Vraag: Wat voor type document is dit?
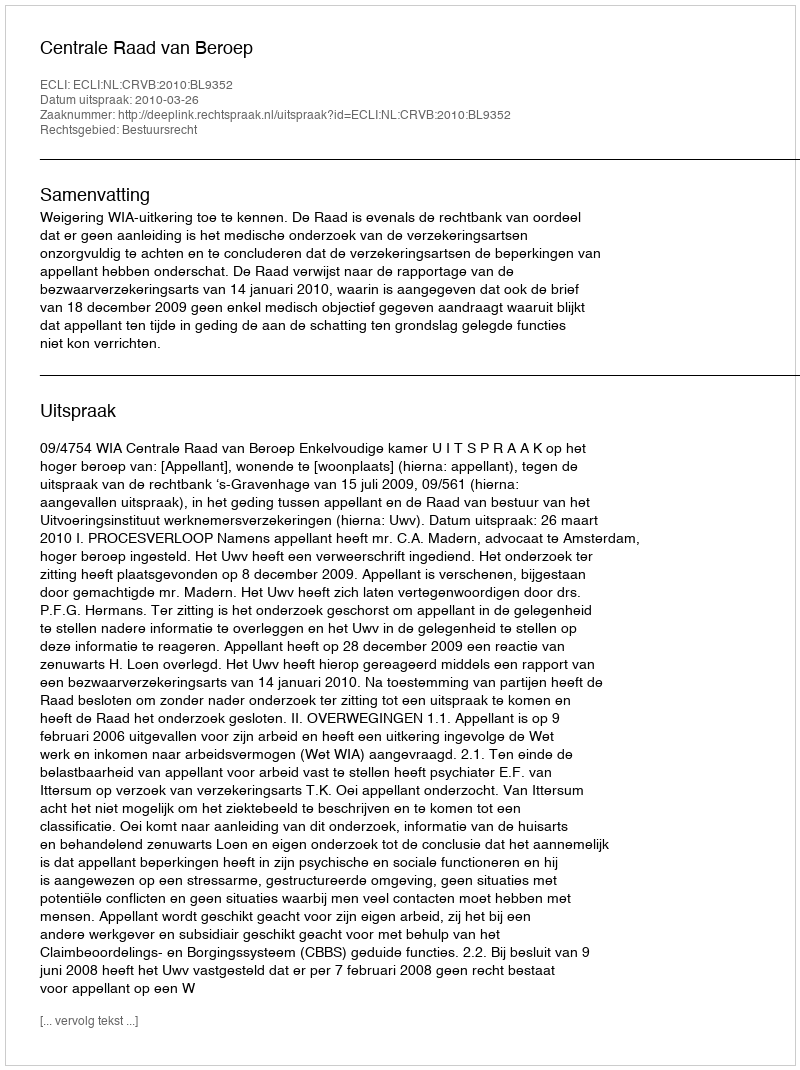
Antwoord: Uitspraak